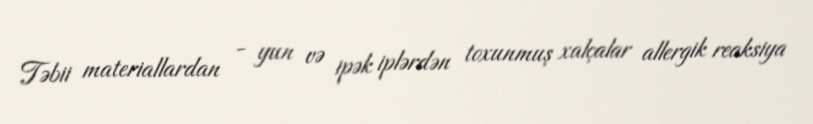
Təbii materiallardan - yun və ipək iplərdən toxunmuş xalçalar allergik reaksiya